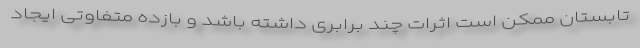
تابستان ممکن است اثرات چند برابری داشته باشد و بازده متفاوتی ایجاد